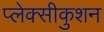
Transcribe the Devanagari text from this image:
प्लेक्सीकुशन